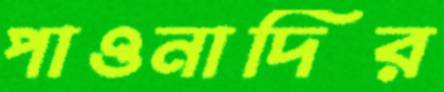
পাওনাদির